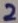
Text: 2